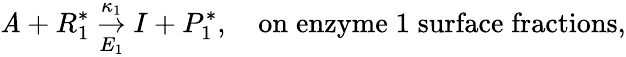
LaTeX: \mathit{A}+R_{1}^{*}\underset{E_{1}}{\stackrel{\kappa_{1}}{\rightarrow}}I+P_{1}^{*},\quad\mathrm{{on\; enzyme\; 1\; surface\; fractions}},